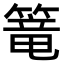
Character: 篭